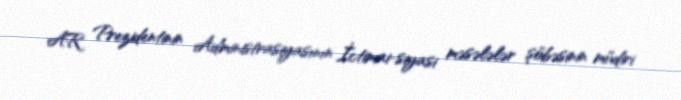
AR Prezidentinin Administrasiyasının İctimai-siyasi məsələlər şöbəsinin müdiri